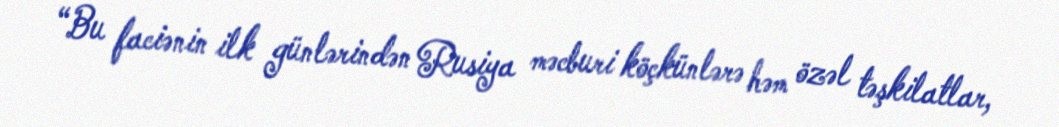
“Bu faciənin ilk günlərindən Rusiya məcburi köçkünlərə həm özəl təşkilatlar,